Lunatic asylums in Bengal annual reports 1888-1898 - 1888-1898
Year: 1888
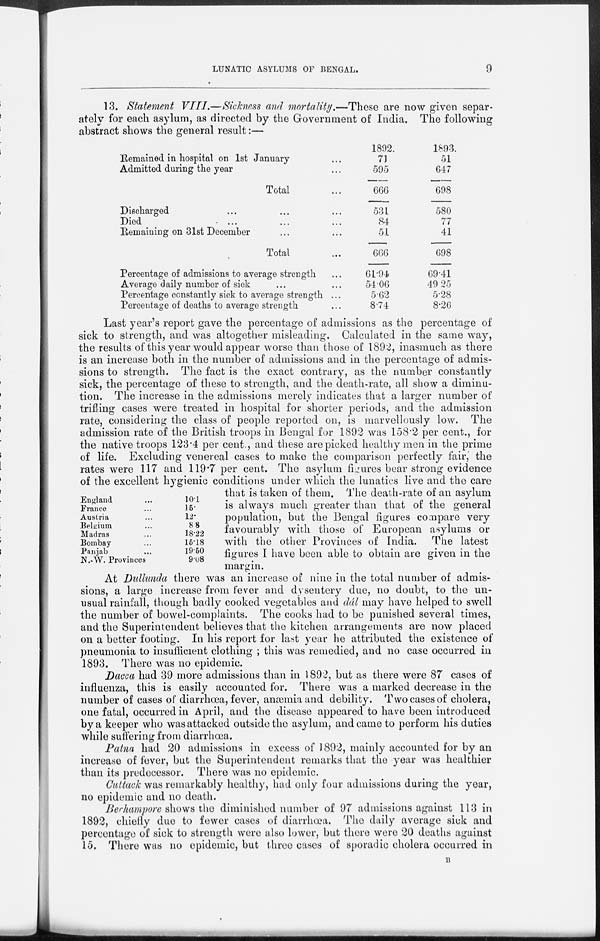
LUNATIC ASYLUMS OF BENGAL.
9
13. Statement VIII.—Sickness and mortality.—These are now given separ-
ately for each asylum, as directed by the Government of India. The following
abstract shows the general result:—
Remained in hospital on 1st January ...
Admitted during the year ...
Total ...
Discharged ... ... ...
Died ... ... ...
Remaining on 31st December ... ...
Total ...
Percentage of admissions to average strength ...
Average daily number of sick ... ...
Percentage constantly sick to average strength ...
Percentage of deaths to average strength ...
1892.
71
595
666
531
84
51
666
61.94
54.06
5.62
8.74
1893.
51
647
698
580
77
41
698
69.41
49.25
5.28
8.26
England ...
France ...
Austria ...
Belgium ...
Madras ...
Bombay ...
Panjab ...
N.-W. Provinces
10.1
15.
12.
8.8
18.22
15.18
19.50
9.08
Last year's report gave the percentage of admissions as the percentage of
sick to strength, and was altogether misleading. Calculated in the same way,
the results of this year would appear worse than those of 1892, inasmuch as there
is an increase both in the number of admissions and in the percentage of admis-
sions to strength. The fact is the exact contrary, as the number constantly
sick, the percentage of these to strength, and the death-rate, all show a diminu-
tion. The increase in the admissions merely indicates that a larger number of
trifling cases were treated in hospital for shorter periods, and the admission
rate, considering the class of people reported on, is marvellously low. The
admission rate of the British troops in Bengal for 1892 was 158.2 per cent., for
the native troops 123.4 per cent., and these are picked healthy men in the prime
of life. Excluding venereal cases to make the comparison perfectly fair, the
rates were 117 and 119.7 per cent. The asylum figures bear strong evidence
of the excellent hygienic conditions under which the lunatics live and the care
that is taken of them. The death-rate of an asylum
is always much greater than that of the general
population, but the Bengal figures compare very
favourably with those of European asylums or
with the other Provinces of India. The latest
figures I have been able to obtain are given in the
margin.
At Dullunda there was an increase of nine in the total number of admis-
sions, a large increase from fever and dysentery due, no doubt, to the un-
usual rainfall, though badly cooked vegetables and dál may have helped to swell
the number of bowel-complaints. The cooks had to be punished several times,
and the Superintendent believes that the kitchen arrangements are now placed
on a better footing. In his report for last year he attributed the existence of
pneumonia to insufficient clothing ; this was remedied, and no case occurred in
1893. There was no epidemic.
Dacca had 39 more admissions than in 1892, but as there were 87 cases of
influenza, this is easily accounted for. There was a marked decrease in the
number of cases of diarrhœa, fever, anæmia and debility. Two cases of cholera,
one fatal, occurred in April, and the disease appeared to have been introduced
by a keeper who was attacked outside the asylum, and came to perform his duties
while suffering from diarrhœa.
Patna had 20 admissions in excess of 1892, mainly accounted for by an
increase of fever, but the Superintendent remarks that the year was healthier
than its predecessor. There was no epidemic.
Cuttack was remarkably healthy, had only four admissions during the year,
no epidemic and no death.
Berhampore shows the diminished number of 97 admissions against 113 in
1892, chiefly due to fewer cases of diarrhœa. The daily average sick and
percentage of sick to strength were also lower, but there were 20 deaths against
15. There was no epidemic, but three cases of sporadic cholera occurred in
B